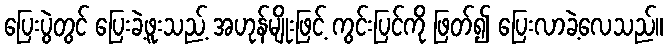
ပြေးပွဲတွင် ပြေးခဲ့ဖူးသည့် အဟုန်မျိုးဖြင့် ကွင်းပြင်ကို ဖြတ်၍ ပြေးလာခဲ့လေသည်။